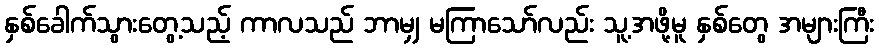
နှစ်ခေါက်သွားတွေ့သည့် ကာလသည် ဘာမျှ မကြာသော်လည်း သူ့အဖို့မူ နှစ်တွေ အများကြီး